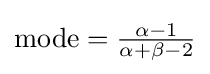
{\text{mode}}={\tfrac {\alpha -1}{\alpha +\beta -2}}